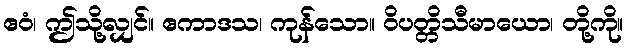
ဧဝံ၊ ဤသို့လျှင်။ ဧကာဒသ၊ ကုန်သော။ ဝိပတ္တိသီမာယော၊ တို့ကို။